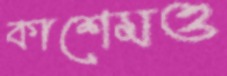
কাশেমও